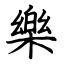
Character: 樂